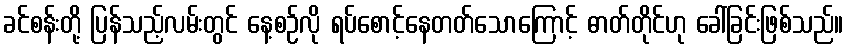
ခင်စန်းတို့ ပြန်သည့်လမ်းတွင် နေ့စဉ်လို ရပ်စောင့်နေတတ်သောကြောင့် ဓာတ်တိုင်ဟု ခေါ်ခြင်းဖြစ်သည်။